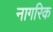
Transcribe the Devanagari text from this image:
नागरिक